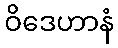
ဝိဒေဟာနံ